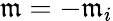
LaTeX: \mathfrak{m}=-\mathfrak{m}_{i}